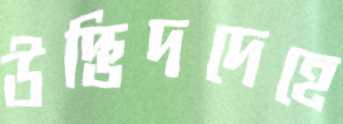
উদ্ভিদদেহে